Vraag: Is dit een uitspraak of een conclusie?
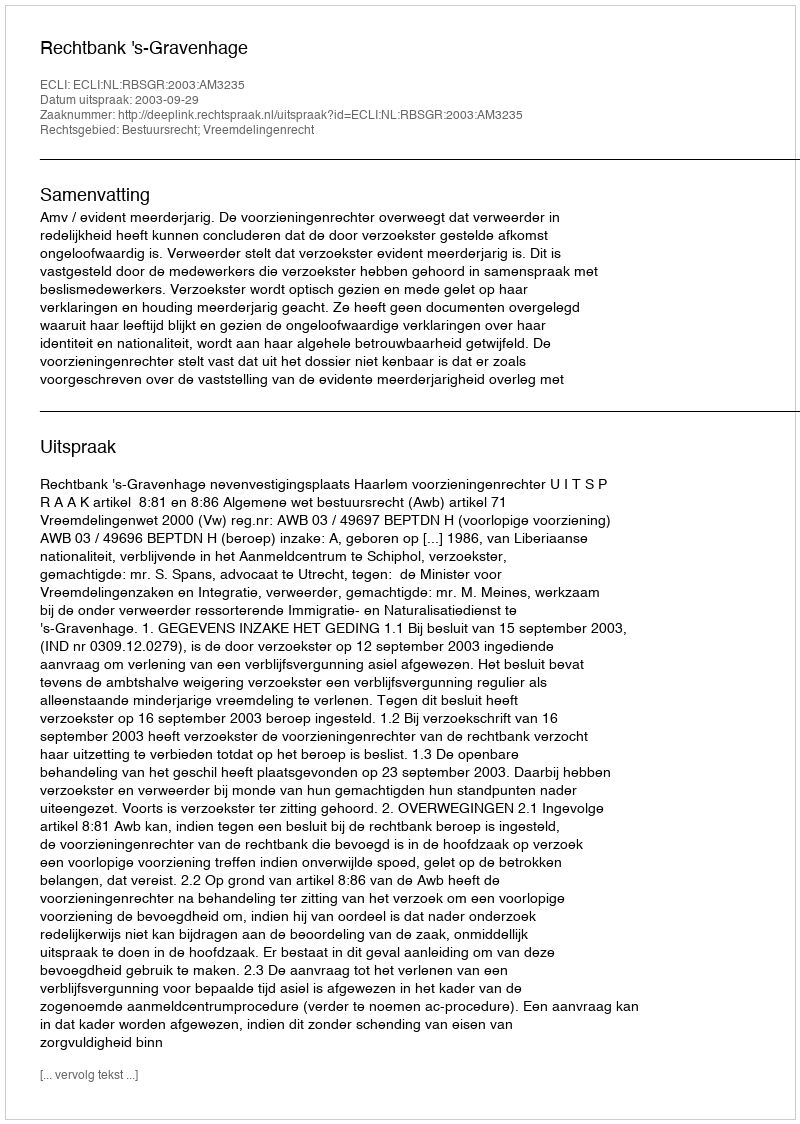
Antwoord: Uitspraak